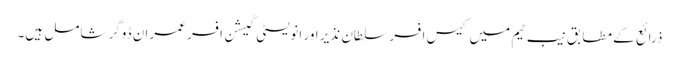
ذرائع کے مطابق نیب ٹیم میں کیس افسر سلطان نذیر اور انویسٹی گیشن افسر عمران ڈوگر شامل ہیں۔